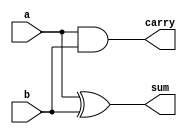
`timescale 1ns / 1ps
////////////////////////////////////////////////////////////////////////////////
// Company: 
// Engineer:
//
// Design Name:    
// Module Name:    half_adder
// Project Name:   
// Target Device:  
// Tool versions:  
// Description:
//
// Dependencies:
// 
// Revision:
// Revision 0.01 - File Created
// Additional Comments:
// 
////////////////////////////////////////////////////////////////////////////////
module half_adder(sum,carry,a,b);
input a,b;
output sum,carry;
xor(sum,a,b);
and(carry,a,b);

endmodule